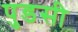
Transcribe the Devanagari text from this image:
पुडसी